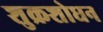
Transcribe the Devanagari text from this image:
शुक्रशोधन